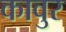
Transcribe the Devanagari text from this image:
कावुर